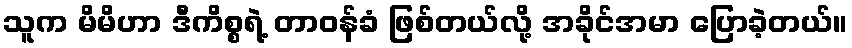
သူက မိမိဟာ ဒီကိစ္စရဲ့ တာဝန်ခံ ဖြစ်တယ်လို့ အခိုင်အမာ ပြောခဲ့တယ်။